Rangoon Lunatic Asylum 1878-1892 - 1878-1892
Year: 1878
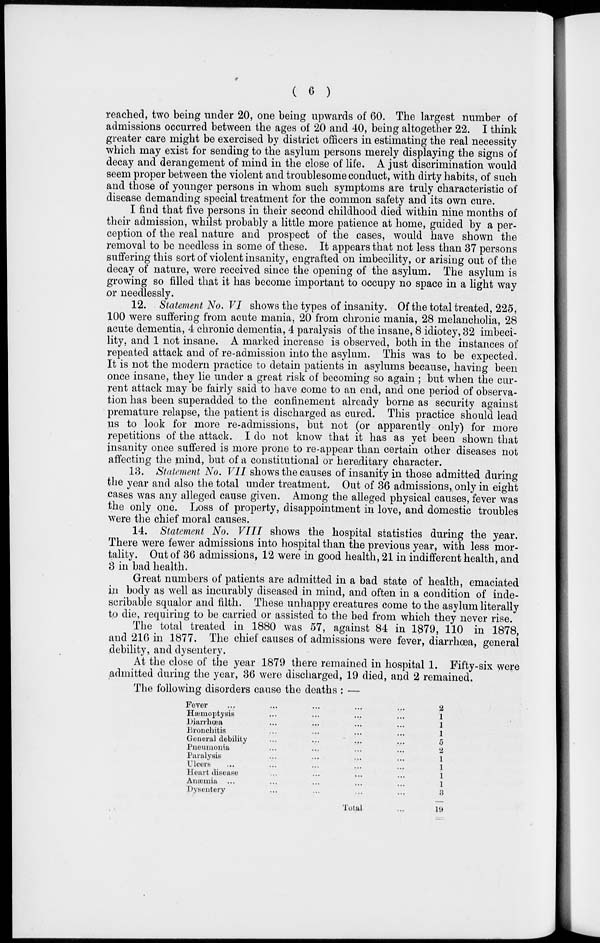
( 6 )
reached, two being under 20, one being upwards of 60. The largest number of
admissions occurred between the ages of 20 and 40, being altogether 22. I think
greater care might be exercised by district officers in estimating the real necessity
which may exist for sending to the asylum persons merely displaying the signs of
decay and derangement of mind in the close of life. A just discrimination would
seem proper between the violent and troublesome conduct, with dirty habits, of such
and those of younger persons in whom such symptoms are truly characteristic of
disease demanding special treatment for the common safety and its own cure.
I find that five persons in their second childhood died within nine months of
their admission, whilst probably a little more patience at home, guided by a per-
ception of the real nature and prospect of the cases, would have shown the
removal to be needless in some of these. It appears that not less than 37 persons
suffering this sort of violent insanity, engrafted on imbecility, or arising out of the
decay of nature, were received since the opening of the asylum. The asylum is
growing so filled that it has become important to occupy no space in a light way
or needlessly.
12. Statement No. VI shows the types of insanity. Of the total treated, 225,
100 were suffering from acute mania, 20 from chronic mania, 28 melancholia, 28
acute dementia, 4 chronic dementia, 4 paralysis of the insane, 8 idiotcy, 32 imbeci-
lity, and 1 not insane. A marked increase is observed, both in the instances of
repeated attack and of re-admission into the asylum. This was to be expected.
It is not the modern practice to detain patients in asylums because, having been
once insane, they lie under a great risk of becoming so again ; but when the cur-
rent attack may be fairly said to have come to an end, and one period of observa-
tion has been superadded to the confinement already borne as security against
premature relapse, the patient is discharged as cured. This practice should lead
us to look for more re-admissions, but not (or apparently only) for more
repetitions of the attack. I do not know that it has as yet been shown that
insanity once suffered is more prone to re-appear than certain other diseases not
affecting the mind, but of a constitutional or hereditary character.
13. Statement No. VII shows the causes of insanity in those admitted during
the year and also the total under treatment. Out of 36 admissions, only in eight
cases was any alleged cause given. Among the alleged physical causes, fever was
the only one. Loss of property, disappointment in love, and domestic troubles
were the chief moral causes.
14. Statement No. VIII shows the hospital statistics during the year.
There were fewer admissions into hospital than the previous year, with less mor-
tality. Out of 36 admissions, 12 were in good health, 21 in indifferent health, and
3 in bad health.
Great numbers of patients are admitted in a bad state of health, emaciated
in body as well as incurably diseased in mind, and often in a condition of inde-
scribable squalor and filth. These unhappy creatures come to the asylum literally
to die, requiring to be carried or assisted to the bed from which they never rise.
The total treated in 1880 was 57, against 84 in 1879, 110 in 1878,
and 216 in 1877. The chief causes of admissions were fever, diarrhœa, general
debility, and dysentery.
At the close of the year 1879 there remained in hospital 1. Fifty-six were
admitted during the year, 36 were discharged, 19 died, and 2 remained.
The following disorders cause the deaths : —
Fever ... ... ... ... ...
Hæmoptysis ... ... ... ...
Diarrhœa ... ... ... ...
Bronchitis ... ... ... ...
General debility ... ...
...
...
Pneumonia ... ... ... ...
Paralysis ... ... ... ...
Ulcers ... ... ... ... ...
Heart disease ... ... ... ...
Anæmia ... ... ... ... ...
Dysentery ... ... ... ...
Total ...
2
1
1
1
5
2
1
1
1
1
3
19